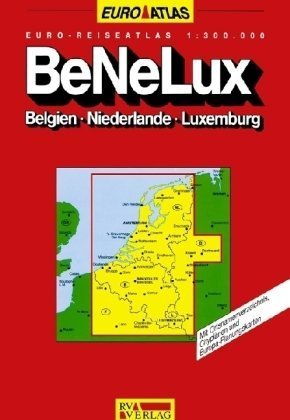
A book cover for Euro Atlas: Benelux: Belgium, Netherlands, Luxembourg (Euro atlases) (German Edition); Reise- Und Verkehrsverlag; Travel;